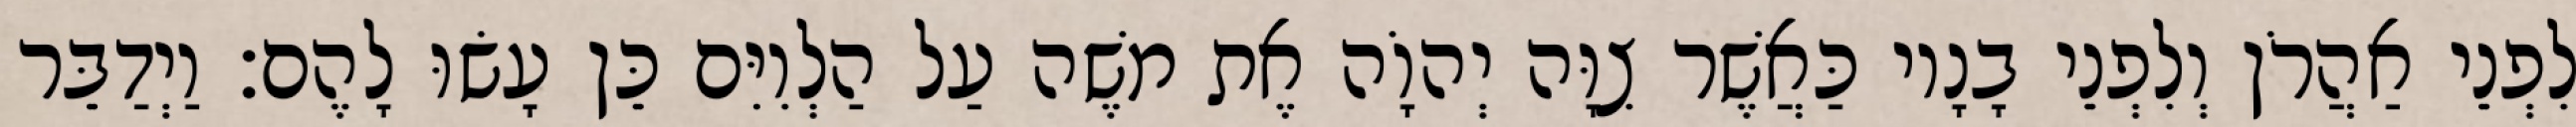
לִפְנֵי אַהֲרֹן וְלִפְנֵי בָנָיו כַּאֲשֶׁר צִוָּה יְהוָֹה אֶת משֶׁה עַל הַלְוִיִּם כֵּן עָשׂוּ לָהֶם׃ וַיְדַבֵּר